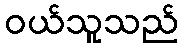
ဝယ်သူသည်